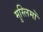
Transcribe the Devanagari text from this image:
मुस्लिमोँ